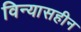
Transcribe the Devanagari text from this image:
विन्यासहीन